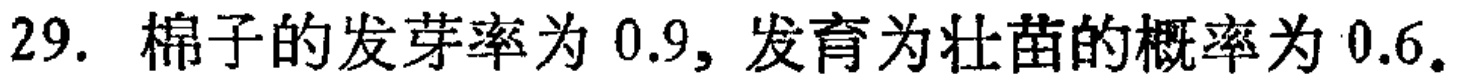
29. 棉子的发芽率为 \(0.9\)，发育为壮苗的概率为 \(0.6\)。